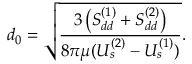
d _ { 0 } = \sqrt { \frac { 3 \left( S _ { d d } ^ { ( 1 ) } + S _ { d d } ^ { ( 2 ) } \right) } { 8 \pi \mu ( U _ { s } ^ { ( 2 ) } - U _ { s } ^ { ( 1 ) } ) } } .